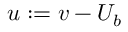
u : = v - U _ { b }